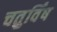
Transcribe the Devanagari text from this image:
चतुर्विंष